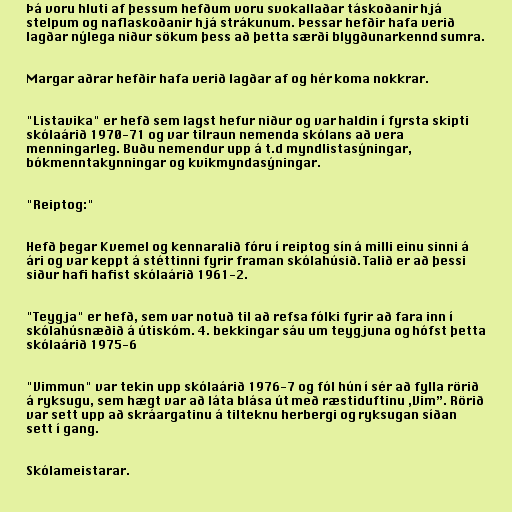
Þá voru hluti af þessum hefðum voru svokallaðar táskoðanir hjá
stelpum og naflaskoðanir hjá strákunum. Þessar hefðir hafa verið
lagðar nýlega niður sökum þess að þetta særði blygðunarkennd sumra.

Margar aðrar hefðir hafa verið lagðar af og hér koma nokkrar.

"Listavika" er hefð sem lagst hefur niður og var haldin í fyrsta skipti
skólaárið 1970-71 og var tilraun nemenda skólans að vera
menningarleg. Buðu nemendur upp á t.d myndlistasýningar,
bókmenntakynningar og kvikmyndasýningar.

"Reiptog:"

Hefð þegar Kvemel og kennaralið fóru í reiptog sín á milli einu sinni á
ári og var keppt á stéttinni fyrir framan skólahúsið. Talið er að þessi
siður hafi hafist skólaárið 1961-2.

"Teygja" er hefð, sem var notuð til að refsa fólki fyrir að fara inn í
skólahúsnæðið á útiskóm. 4. bekkingar sáu um teygjuna og hófst þetta
skólaárið 1975-6

"Vimmun" var tekin upp skólaárið 1976-7 og fól hún í sér að fylla rörið
á ryksugu, sem hægt var að láta blása út með ræstiduftinu ,Vim”. Rörið
var sett upp að skráargatinu á tilteknu herbergi og ryksugan síðan
sett í gang.

Skólameistarar.